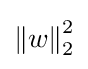
\left\|w\right\|_{2}^{2}